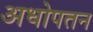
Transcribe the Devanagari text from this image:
अधोपतन